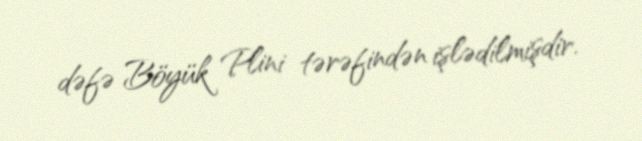
dəfə Böyük Plini tərəfindən işlədilmişdir.